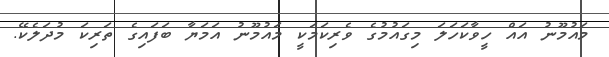
މައުމޫނު އައް ހީވާކަހަލަ މިގައުމުގެ ވެރިކަމަކީ މައުމޫނު އަމަޔާ ބަފައިގެ ތަރިކަ މުދަލެކޭ.